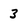
Character: 3